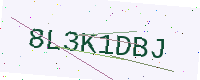
Text: 8L3K1DBJ